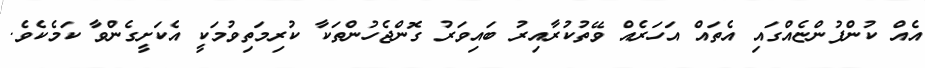
އެއް ކުންފުންޏެއްގައި އެތައް އަހަރެއް ވޭތުކުރާއިރު ބައިވަރު ގޮންޖެހުންތަކާ ކުރިމަތިވުމަކީ އެކަށީގެންވާ ކަމެކެވެ.